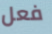
فعل